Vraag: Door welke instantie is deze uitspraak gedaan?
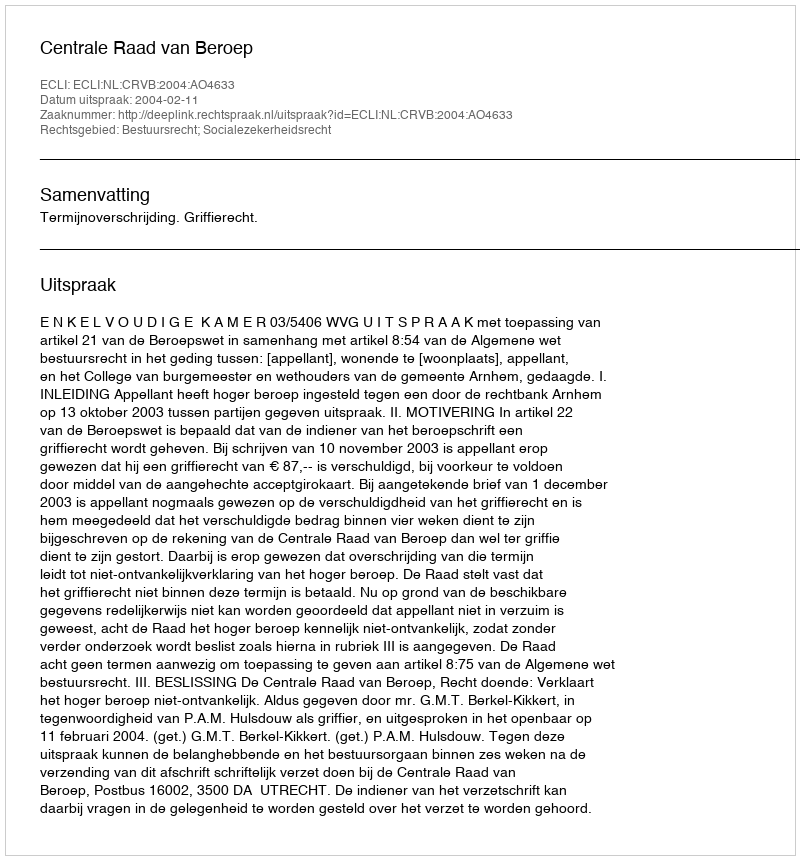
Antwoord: Centrale Raad van Beroep